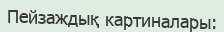
Пейзаждық картиналары: